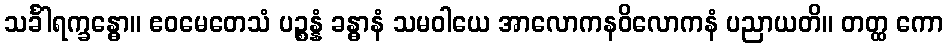
သင်္ခါရက္ခန္ဓော။ ဧဝမေတေသံ ပဉ္စန္နံ ခန္ဓာနံ သမဝါယေ အာလောကနဝိလောကနံ ပညာယတိ။ တတ္ထ ကော